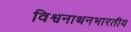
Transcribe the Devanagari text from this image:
विश्वनाथनभारतीय